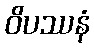
ဝိပဿနံ